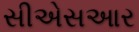
સીએસઆર